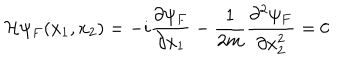
{ \cal H } \psi _ { F } ( x _ { 1 } , x _ { 2 } ) = - i \frac { \partial \psi _ { F } } { \partial x _ { 1 } } - \frac { 1 } { 2 m } \frac { \partial ^ { 2 } \psi _ { F } } { \partial x _ { 2 } ^ { 2 } } = 0